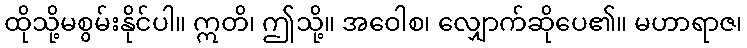
ထိုသို့မစွမ်းနိုင်ပါ။ ဣတိ၊ ဤသို့။ အဝေါစ၊ လျှောက်ဆိုပေ၏။ မဟာရာဇ၊